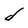
Character: d